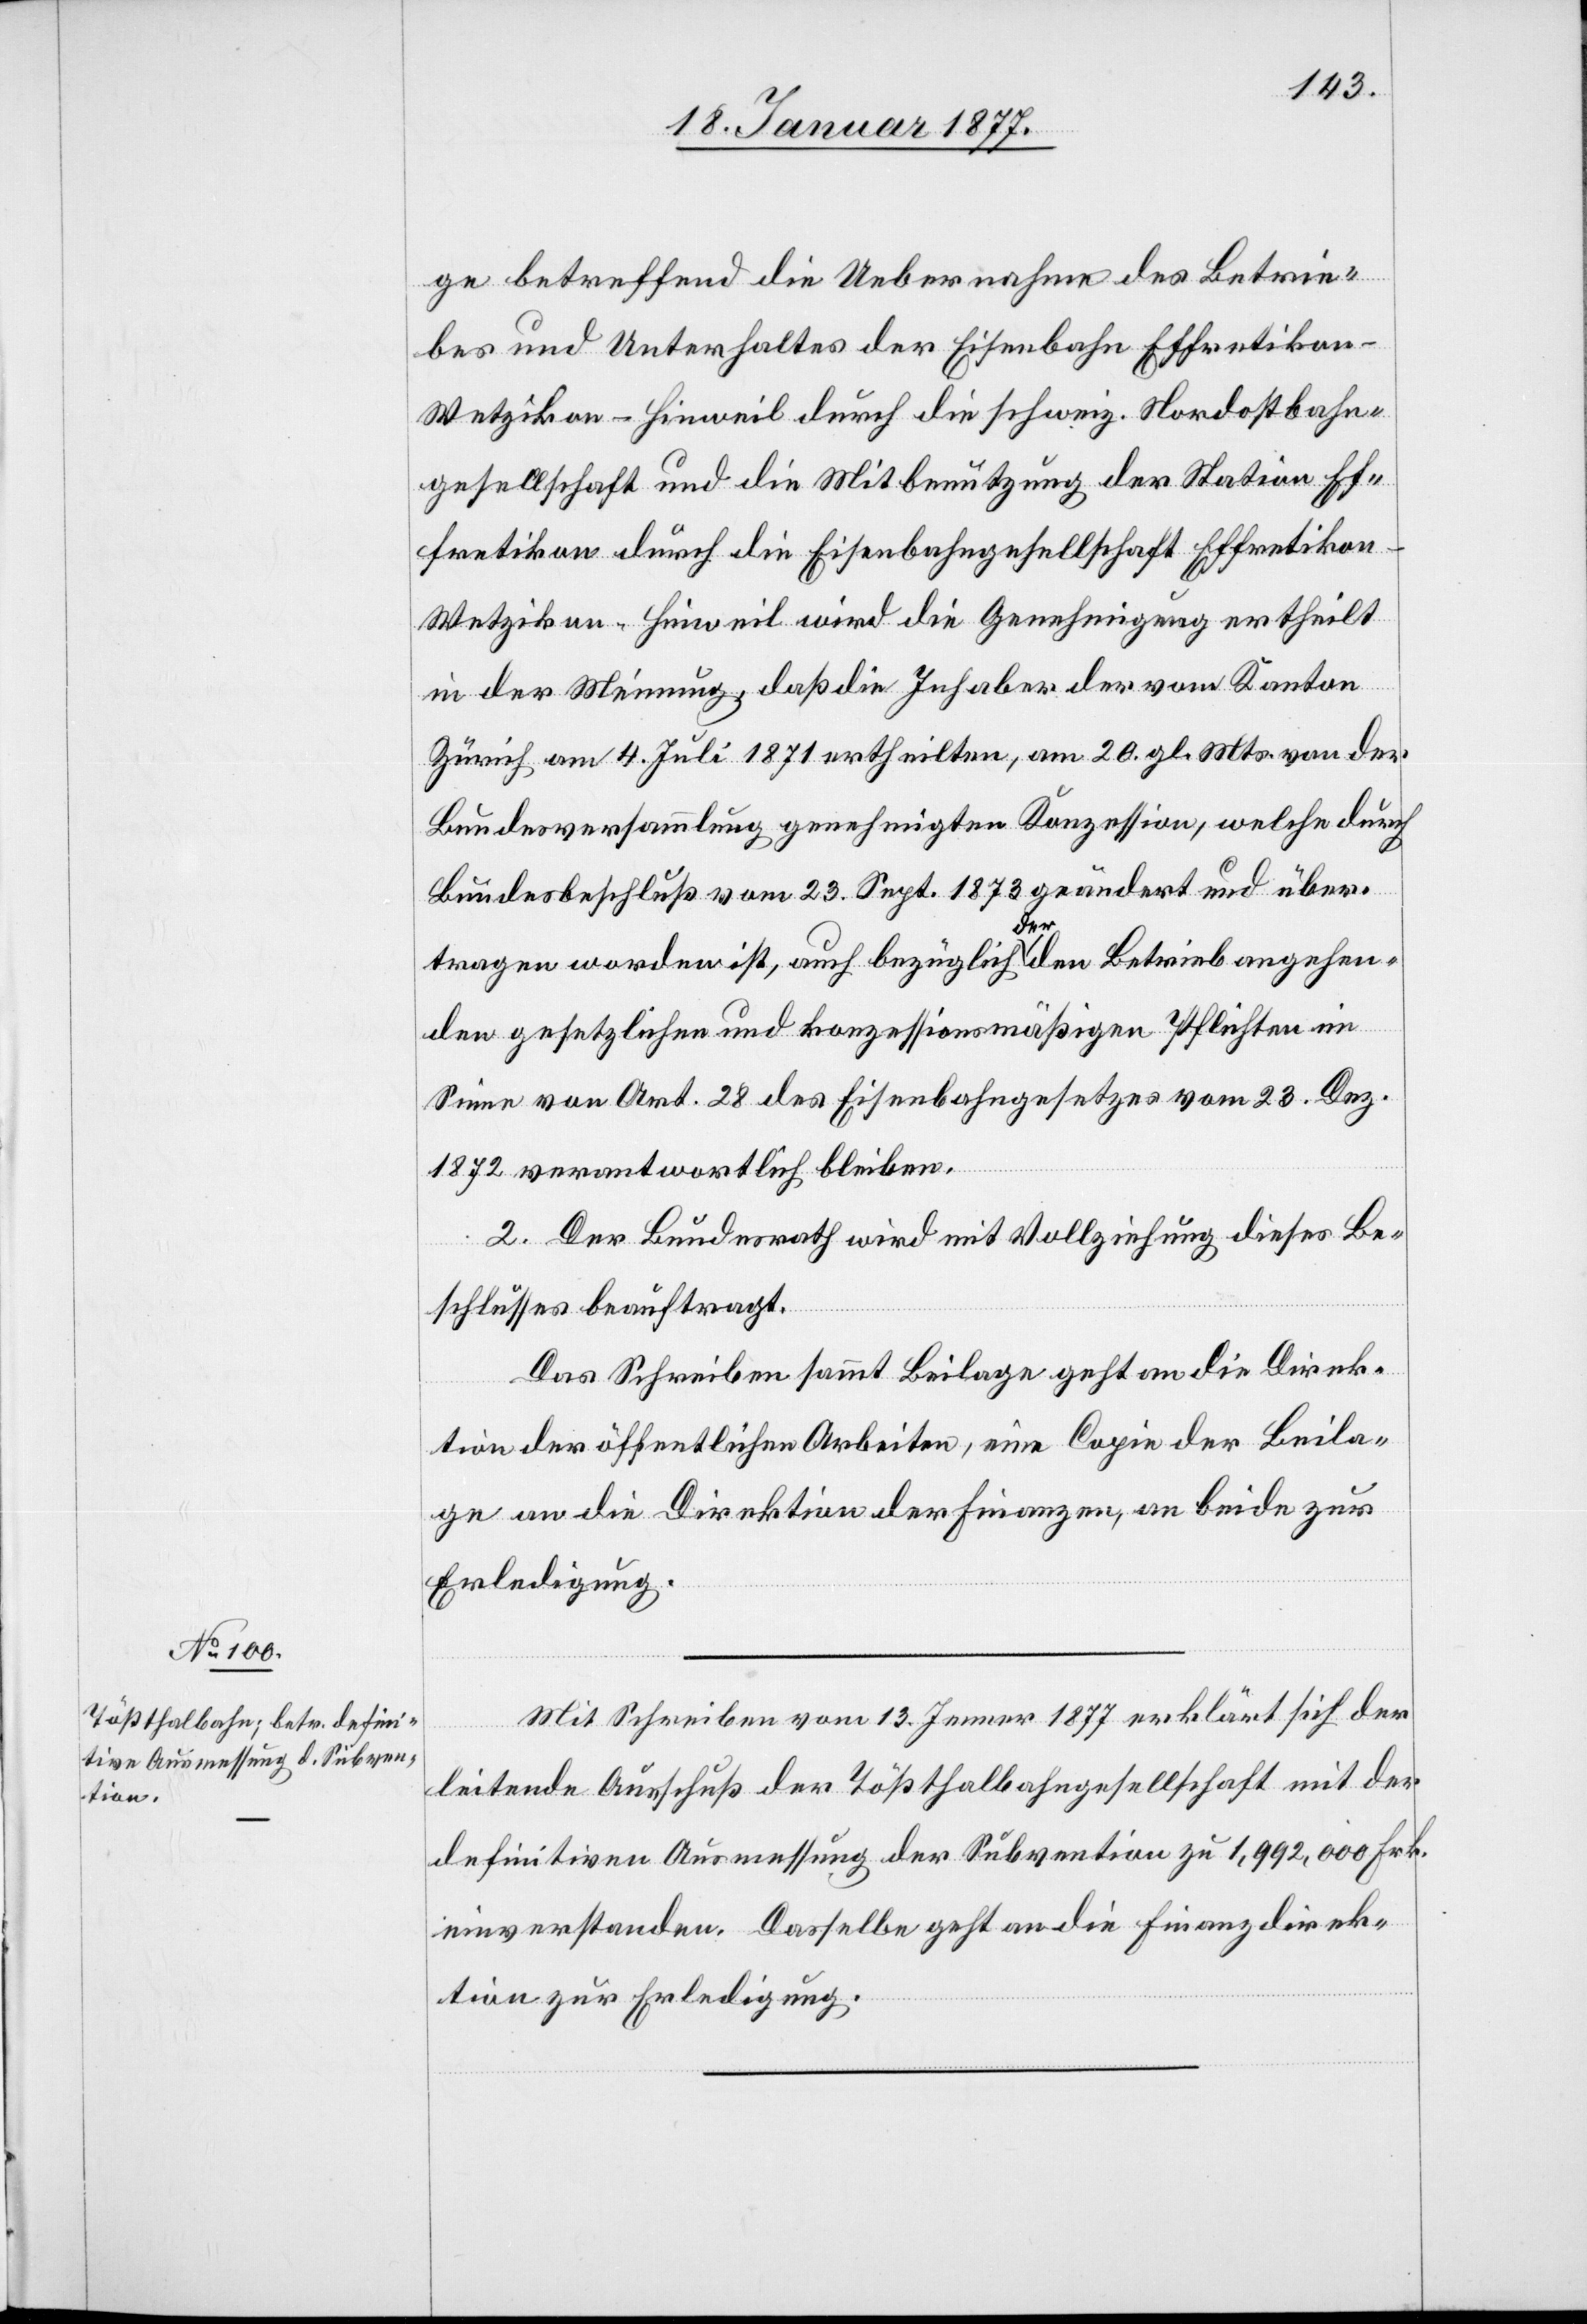
ge betreffend die Uebernahme des Betrie¬
bes und Unterhaltes der Eisenbahn Effretikon–W¬
etzikon–Hinweil durch die schweiz. Nordostbahn¬
gesellschaft und die Mitbenutzung der Station Ef¬
fretikon durch die Eisenbahngesellschaft Effretiko¬
n–Wetzikon–Hinweil wird die Genehmigung ertheilt
in der Meinung, daß die Inhaber der vom Kanton
Zürich am 4. Juli 1871 ertheilten, am 20. gl. Mts. von der
Bundesversammlung genehmigten Konzession, welche durch
Bundesbeschluß vom 23. Sept. 1873 geändert und über¬
tragen worden ist, auch bezüglich der den Betrieb angehen¬
den gesetzlichen und konzessionsmäßigen Pflichten im
Sinne von Art. 28 des Eisenbahngesetzes vom 23. Dez.
1872 verantwortlich bleiben.
2. Der Bundesrath wird mit Vollziehung dieses Be¬
schlusses beauftragt.
Das Schreiben sammt Beilagen geht an die Direk¬
tion der öffentlichen Arbeiten, eine Copie der Beila¬
gen an die Direktion der Finanzen, an beide zur
Erledigung.
Mit Schreiben vom 13. Jenner 1877 erklärt sich der
leitende Ausschuß der Tößthalbahngesellschaft mit der
definitiven Ausmessung der Subvention zu 1,992,000 Frk.
einverstanden. Dasselbe geht an die Finanzdirek¬
tion zur Erledigung.